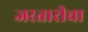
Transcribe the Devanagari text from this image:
जरतारीचा